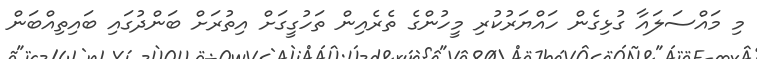
މި މައްސަލައާ ގުޅިގެން ހައްޔަރުކުރި މީހުންގެ ތެރެއިން ތަހުގީގަށް އިތުރަށް ބަންދުގައި ބައިތިއްބަން